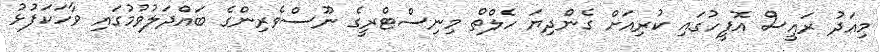
މިއަދު ރައީސް އޮފީހުގައި ކުރިއަށް ގެންދިޔަ ހެލްތް މިނިސްޓްރީގެ ނޫސްވެރިންގެ ބައްދަލުވުމުގައި ވާހަކަފުޅު